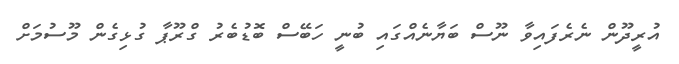
އުރީދޫން ނެރެފައިވާ ނޫސް ބަޔާނެއްގައި ބުނީ ހަބޭސް ބޮޑުބެރު ގްރޫޕާ ގުޅިގެން މޫސުމަށް